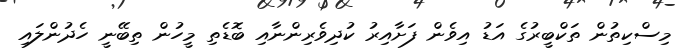
މިސްކިތުން ތަކްބީރުގެ އަޑު އިވެން ފަށާއިރު ކުދިވެރިންނާއި ބޮޑެތި މީހުން ތިބޭނީ ހެދުންލައި